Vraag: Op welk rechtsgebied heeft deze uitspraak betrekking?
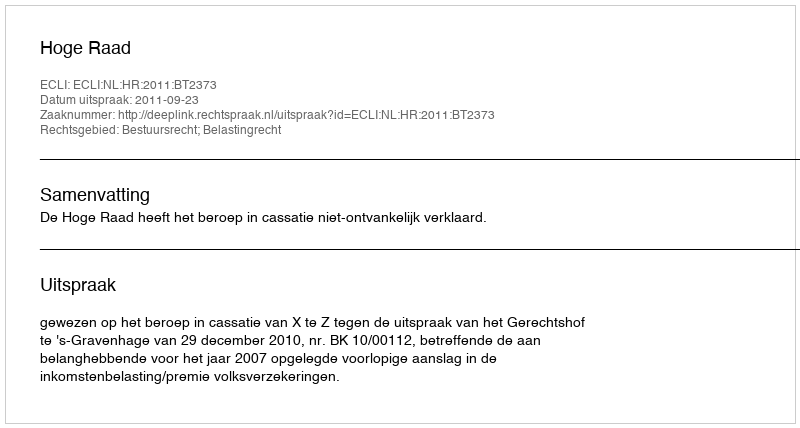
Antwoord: Bestuursrecht; Belastingrecht